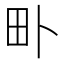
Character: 𤰘